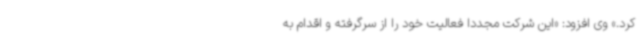
کرد.» وی افزود: «این شرکت مجددا فعالیت خود را از سرگرفته و اقدام به